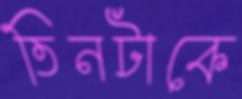
তিনটাকে